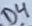
Text: D4